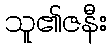
သူ၏ဇနီး